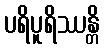
ပရိပူရိဿန္တိ